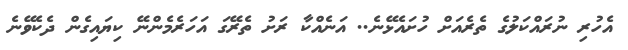
އެހުރި ނުރައްކަލުގެ ތެރެއަށް ހުށައެޅޭނެ.. އަނެއްކާ ރަށު ތެރޭގަ އަހަރެމެންނޭ ކިޔައިގެން ދެކެވޭނެ